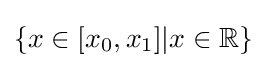
\{x\in [x_{0},x_{1}]|x\in \mathbb {R} \}